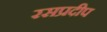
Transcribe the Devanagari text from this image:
रसप्रदीप